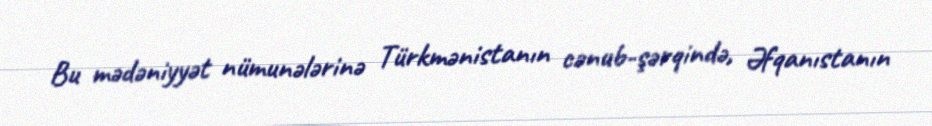
Bu mədəniyyət nümunələrinə Türkmənistanın cənub-şərqində, Əfqanıstanın